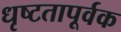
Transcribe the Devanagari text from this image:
धृष्टतापूर्वक